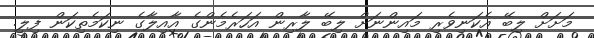
މަށަށް ލިބޭ އެކަނިވެރި މައިންނަށް ލިބޭ ލާރިން އަހަރެމެންގެ އާއިލާގެ ނިކަމެތިކަން ފިލީ.